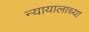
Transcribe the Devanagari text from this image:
न्यायालाच्या